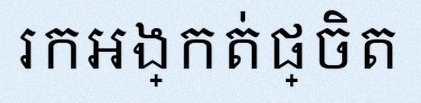
រកអង្កត់ផ្ចិត